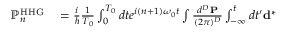
\begin{array} { r l } { \mathbb { P } _ { n } ^ { \mathrm { H H G } } } & { { } = \frac { i } { \hbar } \frac { 1 } { T _ { 0 } } \int _ { 0 } ^ { T _ { 0 } } d t e ^ { i ( n + 1 ) \omega _ { 0 } t } \int \frac { d ^ { D } { \bf P } } { ( 2 \pi ) ^ { D } } \int _ { - \infty } ^ { t } d t ^ { \prime } { \bf d } ^ { * } } \end{array}